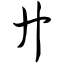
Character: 廾